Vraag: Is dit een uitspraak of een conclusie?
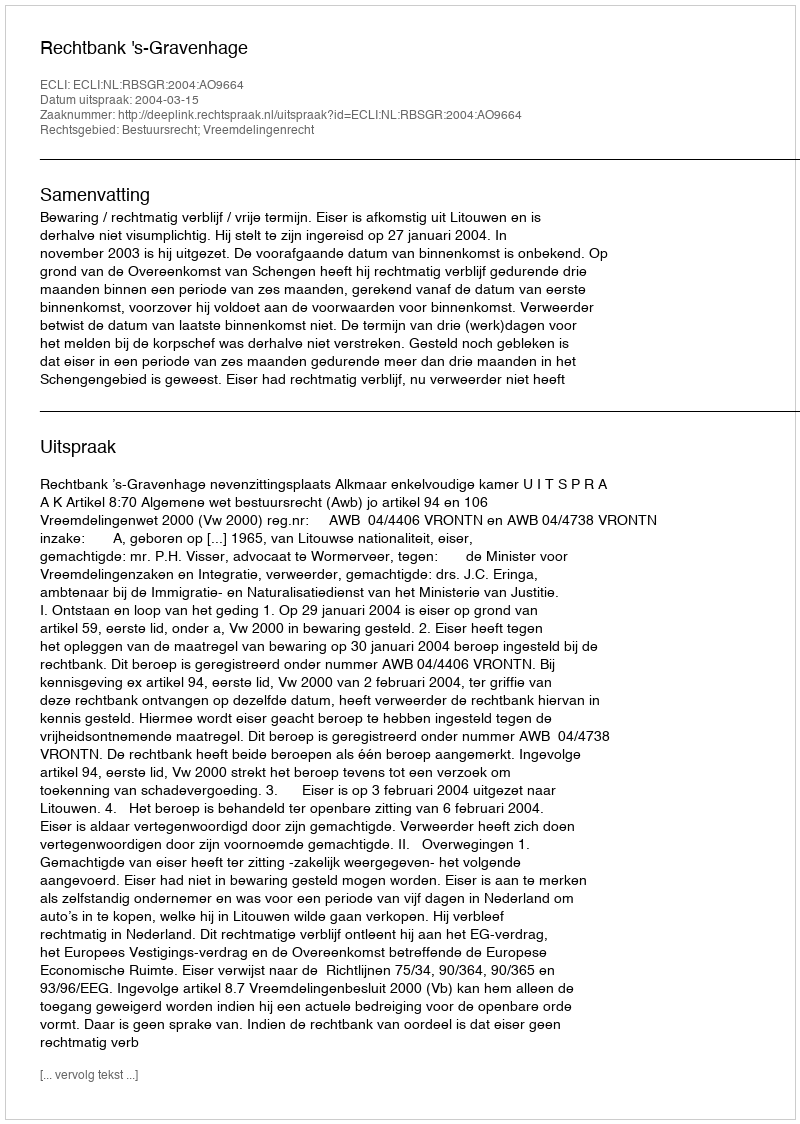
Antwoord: Uitspraak